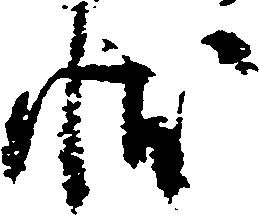
状